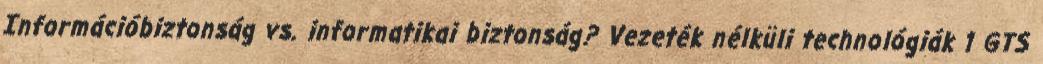
Információbiztonság vs. informatikai biztonság? Vezeték nélküli technológiák 1 GTS